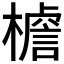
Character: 𭬍